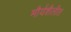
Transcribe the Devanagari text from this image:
मौर्यशैलीत